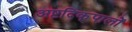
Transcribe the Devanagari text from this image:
अष्टदिक्‌पालों